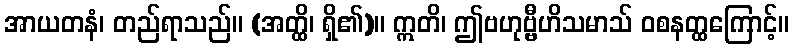
အာယတနံ၊ တည်ရာသည်။ (အတ္ထိ၊ ရှိ၏)။ ဣတိ၊ ဤဗဟုဗ္ဗီဟိသမာသ် ဝစနတ္ထကြောင့်။